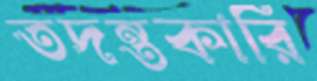
তদন্তকারি